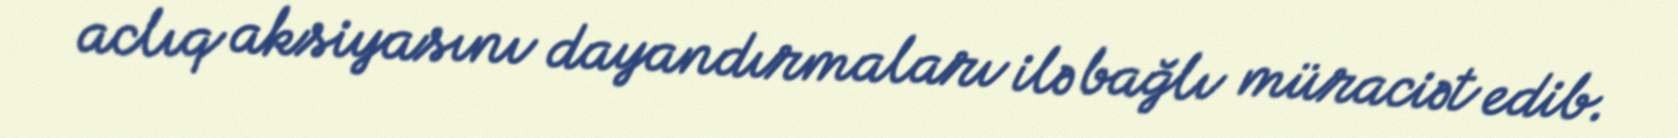
aclıq aksiyasını dayandırmaları ilə bağlı müraciət edib.